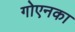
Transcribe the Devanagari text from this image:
गोएनका